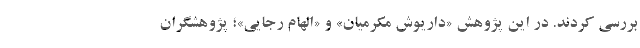
بررسی کردند. در این پژوهش «داریوش مکرمیان» و «الهام رجایی»؛ پژوهشگران